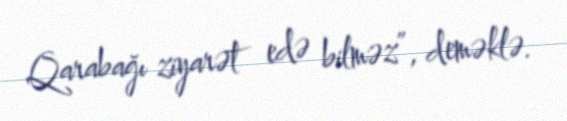
Qarabağı ziyarət edə bilməz”, deməklə.